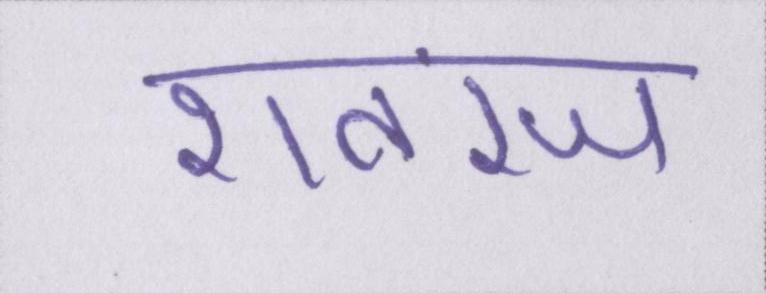
शतरंज